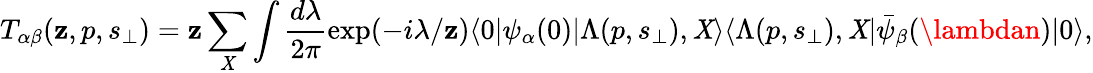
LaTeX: T_{\alpha\beta}(\mathbf{z},p,s_{\perp})=\mathbf{z}\sum_{\mathit{X}}\int\frac{{d\lambda}}{{2\pi}}\exp(-i\lambda/\mathbf{z})\langle0|\psi_{\alpha}(0)|\Lambda(p,s_{\perp}),\mathit{X}\rangle\langle\Lambda(p,s_{\perp}),\mathit{X}|\bar{{\psi}}_{\beta}(\lambdan)|0\rangle,